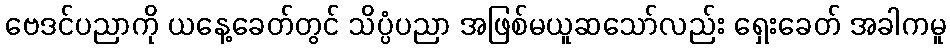
ဗေဒင်ပညာကို ယနေ့ခေတ်တွင် သိပ္ပံပညာ အဖြစ်မယူဆသော်လည်း ရှေးခေတ် အခါကမူ